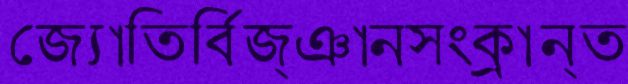
জ্যোতির্বিজ্ঞানসংক্রান্ত